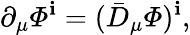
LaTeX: \partial_{\mu}{\mit\Phi}^{\mathbf{i}}=(\bar{{D}}_{\mu}{\mit\Phi})^{\mathbf{i}},